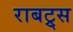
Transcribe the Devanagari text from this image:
राबट्र्स